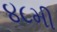
૪૮મી